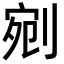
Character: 剜